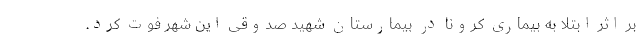
بر اثر ابتلا به بیماری کرونا در بیمارستان شهید صدوقی این شهر فوت کرد.